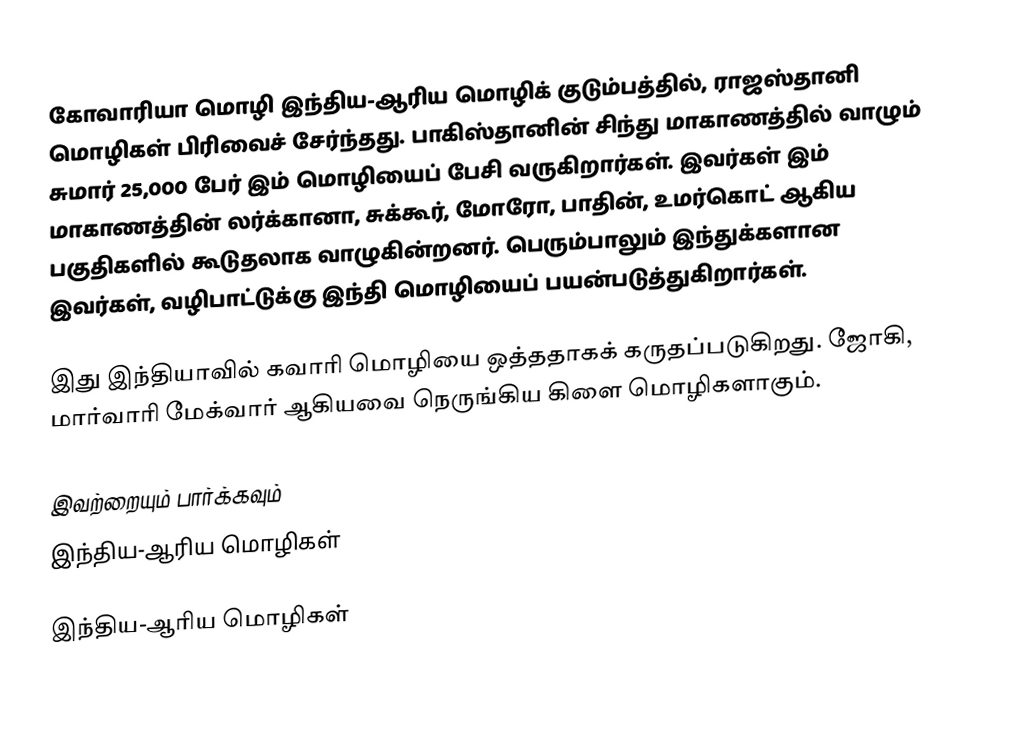
கோவாரியா மொழி இந்திய-ஆரிய மொழிக் குடும்பத்தில், ராஜஸ்தானி மொழிகள் பிரிவைச் சேர்ந்தது. பாகிஸ்தானின் சிந்து மாகாணத்தில் வாழும் சுமார் 25,000 பேர் இம் மொழியைப் பேசி வருகிறார்கள். இவர்கள் இம் மாகாணத்தின் லர்க்கானா, சுக்கூர், மோரோ, பாதின், உமர்கொட் ஆகிய பகுதிகளில் கூடுதலாக வாழுகின்றனர். பெரும்பாலும் இந்துக்களான இவர்கள், வழிபாட்டுக்கு இந்தி மொழியைப் பயன்படுத்துகிறார்கள்.

இது இந்தியாவில் கவாரி மொழியை ஒத்ததாகக் கருதப்படுகிறது. ஜோகி, மார்வாரி மேக்வார் ஆகியவை நெருங்கிய கிளை மொழிகளாகும்.

இவற்றையும் பார்க்கவும்
 இந்திய-ஆரிய மொழிகள்

இந்திய-ஆரிய மொழிகள்